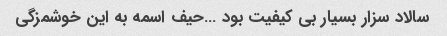
سالاد سزار بسیار بی کیفیت بود …حیف اسمه به این خوشمزگی